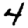
Digit: 4